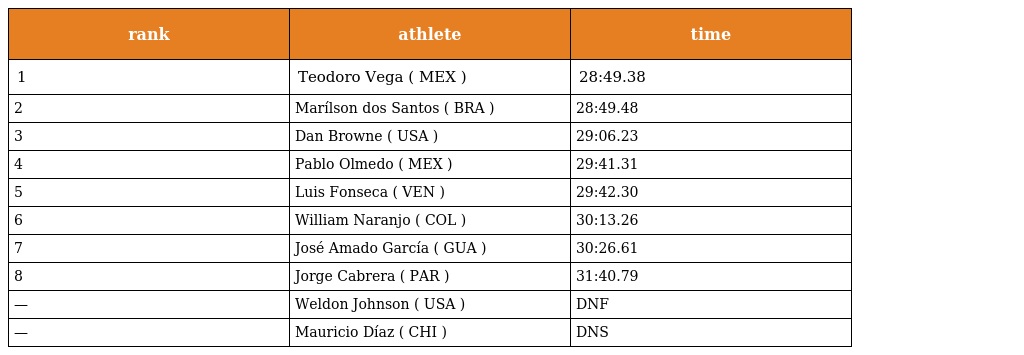
| rank | athlete | time |
 | --- | --- | --- |
 | 1 | Teodoro Vega ( MEX ) | 28:49.38 |
 | 2 | Marílson dos Santos ( BRA ) | 28:49.48 |
 | 3 | Dan Browne ( USA ) | 29:06.23 |
 | 4 | Pablo Olmedo ( MEX ) | 29:41.31 |
 | 5 | Luis Fonseca ( VEN ) | 29:42.30 |
 | 6 | William Naranjo ( COL ) | 30:13.26 |
 | 7 | José Amado García ( GUA ) | 30:26.61 |
 | 8 | Jorge Cabrera ( PAR ) | 31:40.79 |
 | — | Weldon Johnson ( USA ) | DNF |
 | — | Mauricio Díaz ( CHI ) | DNS |